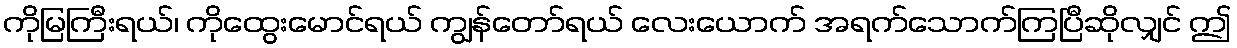
ကိုမြကြီးရယ်၊ ကိုထွေးမောင်ရယ် ကျွန်တော်ရယ် လေးယောက် အရက်သောက်ကြပြီဆိုလျှင် ဤ